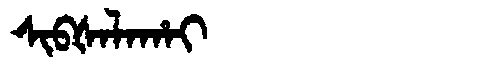
Manchu: ᠰᡳᠪᡧᠠᠯᠠᡥᠠᡳ
Romanization: SIBŠALAHAI